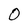
Character: 0